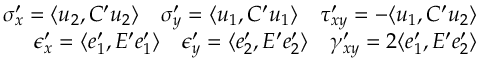
\begin{array} { r } { \sigma _ { x } ^ { \prime } = \langle u _ { 2 } , C ^ { \prime } u _ { 2 } \rangle \quad \sigma _ { y } ^ { \prime } = \langle u _ { 1 } , C ^ { \prime } u _ { 1 } \rangle \quad \tau _ { x y } ^ { \prime } = - \langle u _ { 1 } , C ^ { \prime } u _ { 2 } \rangle } \\ { \epsilon _ { x } ^ { \prime } = \langle e _ { 1 } ^ { \prime } , E ^ { \prime } e _ { 1 } ^ { \prime } \rangle \quad \epsilon _ { y } ^ { \prime } = \langle e _ { 2 } ^ { \prime } , E ^ { \prime } e _ { 2 } ^ { \prime } \rangle \quad \gamma _ { x y } ^ { \prime } = 2 \langle e _ { 1 } ^ { \prime } , E ^ { \prime } e _ { 2 } ^ { \prime } \rangle } \end{array}